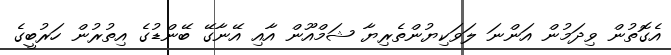
އެގޮތުން ވިދަމުން އަންނަ ލަވަކިޔުންތެރިޔާ ޝަމްއޫން އާއި އޭނާގޭ ބޭންޑުގެ އިތުރުން ހަރުބީގެ